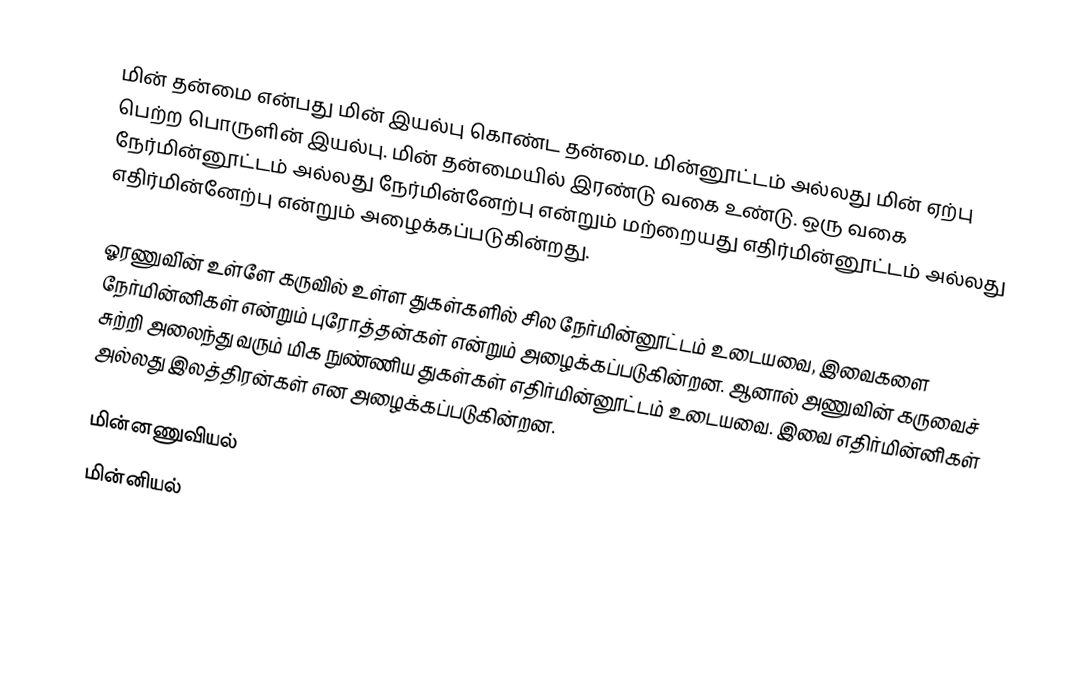
மின் தன்மை என்பது மின் இயல்பு கொண்ட தன்மை. மின்னூட்டம் அல்லது மின் ஏற்பு பெற்ற பொருளின் இயல்பு. மின் தன்மையில் இரண்டு வகை உண்டு. ஒரு வகை நேர்மின்னூட்டம் அல்லது நேர்மின்னேற்பு என்றும் மற்றையது எதிர்மின்னூட்டம் அல்லது எதிர்மின்னேற்பு என்றும் அழைக்கப்படுகின்றது.

ஓரணுவி்ன் உள்ளே கருவில் உள்ள துகள்களில் சில நேர்மின்னூட்டம் உடையவை, இவைகளை நேர்மின்னிகள் என்றும் புரோத்தன்கள் என்றும் அழைக்கப்படுகின்றன. ஆனால் அணுவின் கருவைச் சுற்றி அலைந்து வரும் மிக நுண்ணிய துகள்கள் எதிர்மின்னூட்டம் உடையவை. இவை எதிர்மின்னிகள் அல்லது இலத்திரன்கள் என அழைக்கப்படுகின்றன.

மின்னணுவியல்
மின்னியல்